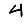
Digit: 4